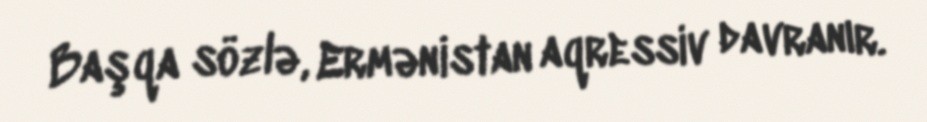
Başqa sözlə, Ermənistan aqressiv davranır.